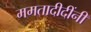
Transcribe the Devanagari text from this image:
ममतादीदींनी